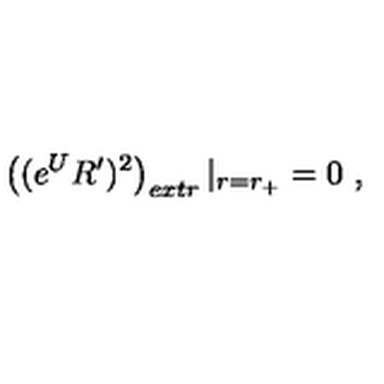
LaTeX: \left( ( e ^ { U } R ^ { \prime } ) ^ { 2 } \right) _ { e x t r } | _ { r = r _ { + } } = 0 \ ,